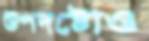
উপদষ্টোও